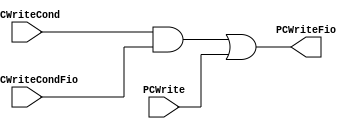
module PCCond(input wire [0:0] PCWriteCond, input wire [0:0] PCWrite, input wire [0:0] MuxPCWriteCondFio, output wire [0:0] PCWriteFio);

wire [0:0] PCWriteCondAND;

assign PCWriteCondAND = PCWriteCond[0:0] & MuxPCWriteCondFio[0:0];
assign PCWriteFio = PCWriteCondAND[0:0] | PCWrite[0:0];

endmodule